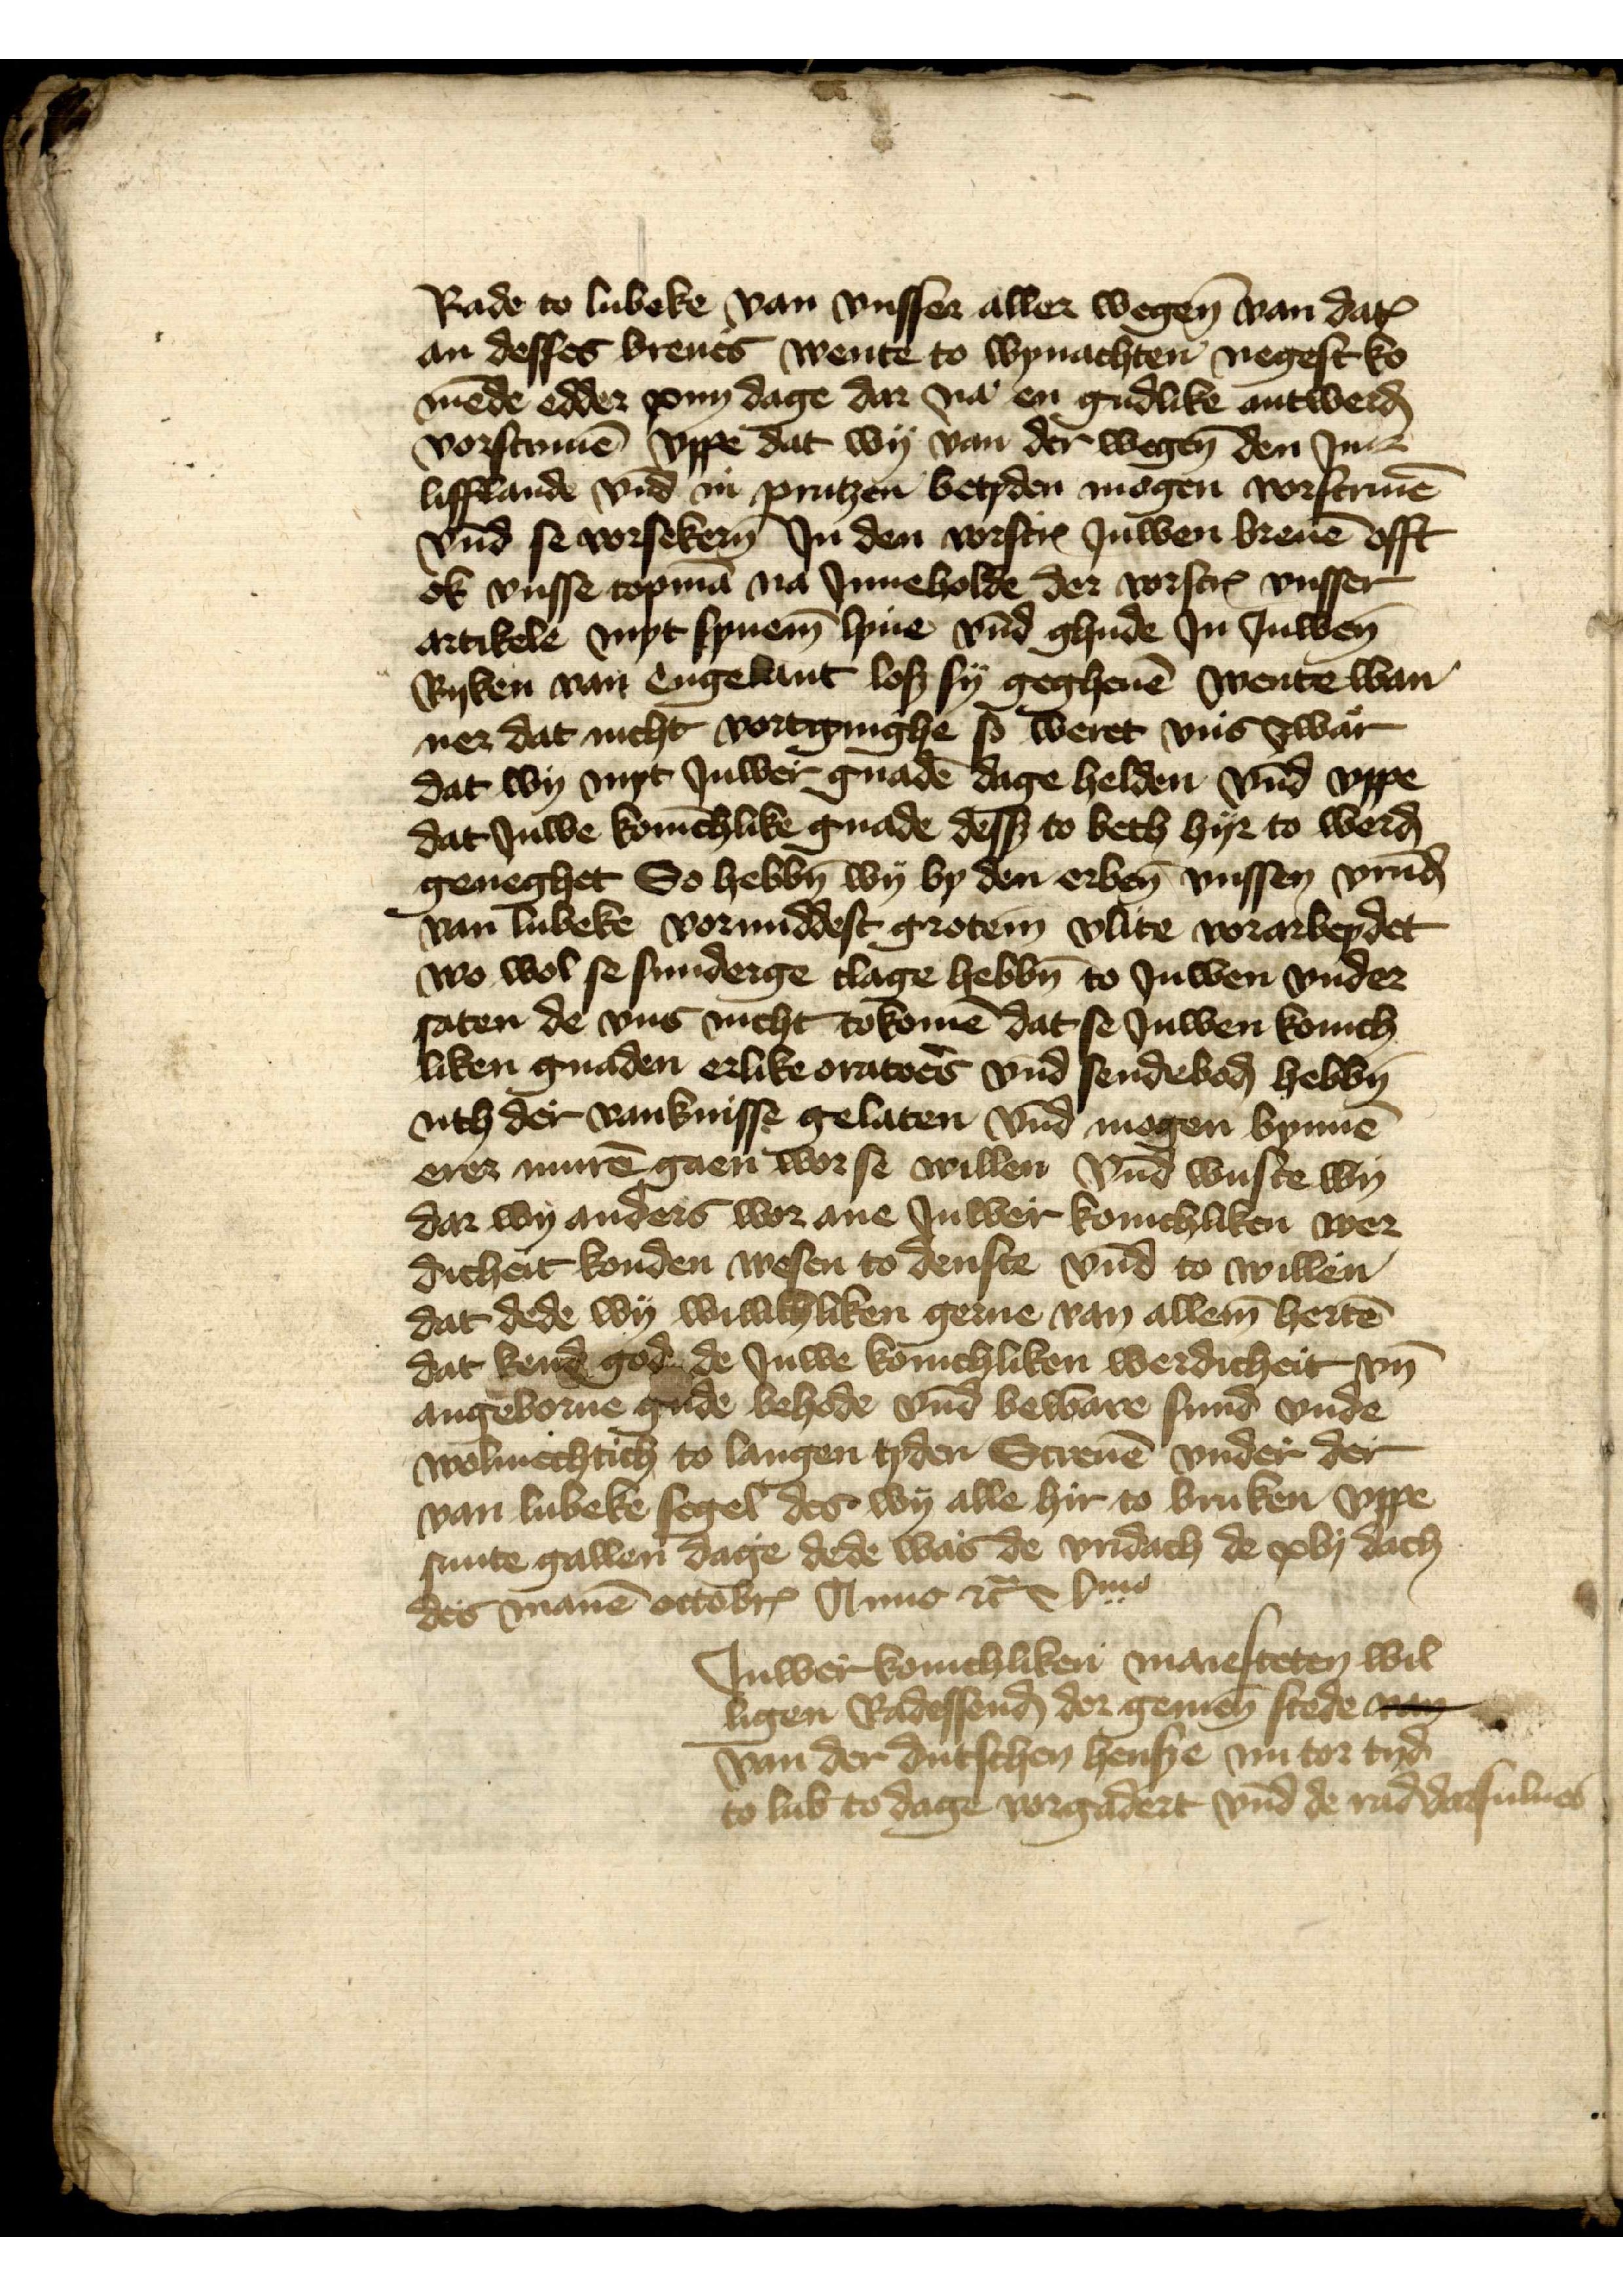
Rade to Lubeke van vnsser aller wegen van dat
an desses breues wente to wynachten negest ko¬
mede edder xiiij dage dar na en gudlike antwerden
vorscriuen vppe dat wy van der wegenn den Jne
Lifflande vnd in Prutzen betyden mogen vorscriuen
vnd se vorsekern Jn den vorscriuen Juwen breuen offt
ok vnsse copman na Jnneholde der vorscreuen vnsser
artikele myt synem lyue vnd ghude Jn Juwen
Ryken van Engelant loß sy gegheuen wente wan¬
ner dat nicht vortginghe ß̄ weret vns zwar
dat wy myt Juwer gnaden dage helden vnd vppe
dat Juwe konnichlike gnade dessen to beth hyr to werd
geneghet So hebbe wy vp den erbenomenden vnssen vrunde
van Lubeke vormiddest grotem vlite vorarbeydet
wo wol se sunderge clage hebben to Juwen vnder
saten de vns nicht tokomen dat se Juwen konich¬
liken gnaden erlike oratorrẻ vnd sendeboḑ hebben
uth der vanknisse gelaten vnd mogen bynnen
erer muren gaen wor se willen vnd wuste wy
dar wy anders wor ane Juwer konichliken wer¬
dicheit konden wesen to denste vnd to willen
dat dede wy willichliken gerne van allem herten
dat kend god ede Juwe konichliken werdicheit vnd
angevorne gude behode vnd beware sind vnde
wolmechtich to langen tyden Screuen vnder der
van Lubeke segel des wy alle hir to bruken vppe
sunte gallen dage dede was de vridach de xvj dach
des manen octobris Anno etc vme
Juwer konichliken maiesteten wil¬
ligen Raddessenḑ der gemen stede ee
van der dutschen hense nu tor tyd
to Lubeke to dage vorgadert vnd de rad darsulues